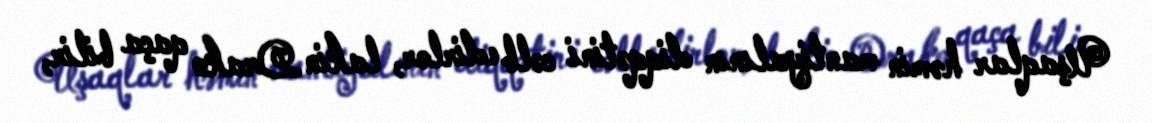
Uşaqlar həmin mantiyalının diqqətini cəlb edirlər, lakin Drako qaça bilir,